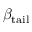
\beta _ { \mathrm { t a i l } }